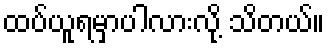
ထပ်ယူရမှာပါလားလို့ သိတယ်။